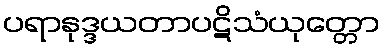
ပရာနုဒ္ဒယတာပဋိသံယုတ္တော